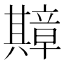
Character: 𫤴